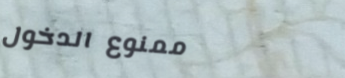
ممنوع الدخول